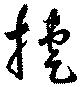
捷